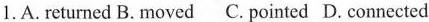
1. A. returned B. Moved C. Pointed D. Connected